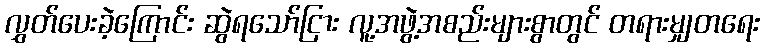
လွှတ်ပေးခဲ့ကြောင်း ဆွဲရသော်ငြား လူ့အဖွဲ့အစည်းများစွာတွင် တရားမျှတရေး